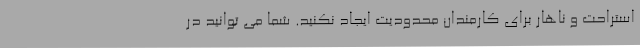
استراحت و ناهار برای کارمندان محدودیت ایجاد نکنید. شما می توانید در